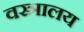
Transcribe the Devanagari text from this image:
वस्त्रालय